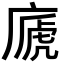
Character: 𢊀